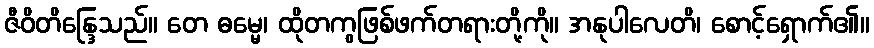
ဇီဝိတိန္ဒြေသည်။ တေ ဓမ္မေ၊ ထိုတကွဖြစ်ဖက်တရားတို့ကို။ အနုပါလေတိ၊ စောင့်ရှောက်၏။